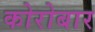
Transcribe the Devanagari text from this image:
कोरोबार